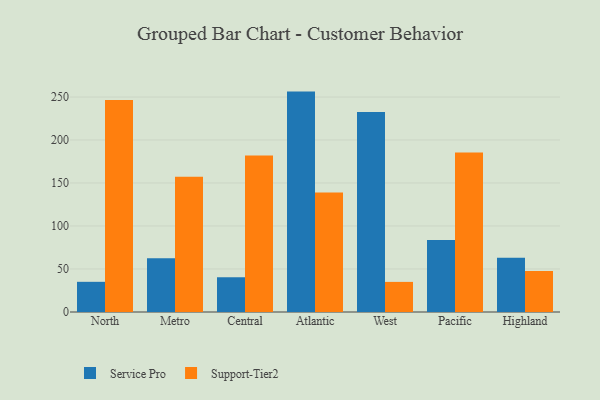
{"axis": {"x": "Region", "y": "Tickets Resolved"}, "legend": ["Service Pro", "Support-Tier2"], "data": [{"x": "North", "y": 35.1, "type": "Service Pro"}, {"x": "North", "y": 246.5, "type": "Support-Tier2"}, {"x": "Metro", "y": 62.6, "type": "Service Pro"}, {"x": "Metro", "y": 157.4, "type": "Support-Tier2"}, {"x": "Central", "y": 40.4, "type": "Service Pro"}, {"x": "Central", "y": 182.1, "type": "Support-Tier2"}, {"x": "Atlantic", "y": 256.3, "type": "Service Pro"}, {"x": "Atlantic", "y": 139.0, "type": "Support-Tier2"}, {"x": "West", "y": 232.7, "type": "Service Pro"}, {"x": "West", "y": 35.0, "type": "Support-Tier2"}, {"x": "Pacific", "y": 83.8, "type": "Service Pro"}, {"x": "Pacific", "y": 185.6, "type": "Support-Tier2"}, {"x": "Highland", "y": 63.1, "type": "Service Pro"}, {"x": "Highland", "y": 47.7, "type": "Support-Tier2"}]}